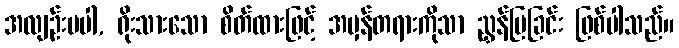
အလျဉ်းမပါ, ရိုးသားသော စိတ်ထားဖြင့် အမှန်တရားကိုသာ ညွှန်ပြခြင်း ဖြစ်ပါသည်။